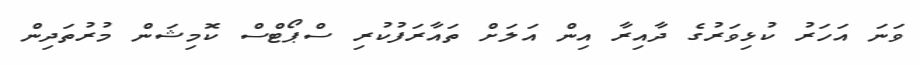
ވަނަ އަހަރު ކުޅިވަރުގެ ދާއިރާ އިން އަލަށް ތައާރަފުކުރި ސްޕޯޓްސް ކޮމިޝަން މުރުތަދިން